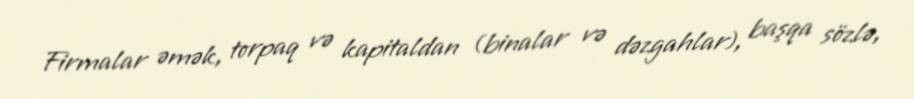
Firmalar əmək, torpaq və kapitaldan (binalar və dəzgahlar), başqa sözlə,